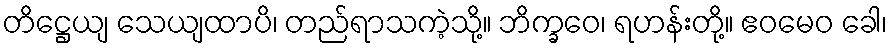
တိဋ္ဌေယျ သေယျထာပိ၊ တည်ရာသကဲ့သို့။ ဘိက္ခဝေ၊ ရဟန်းတို့။ ဧဝမေဝ ခေါ၊